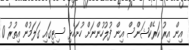
އިން އިރު ކަރެކްޝަންސް އިން ފުލުހުންނަށް ހުށަހެޅި ސިޓީގައި ގަލަމުން އިތުރު 0